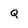
Character: Q